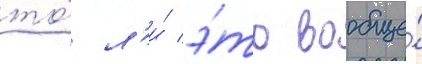
то́ л'и́ э́то вообще́